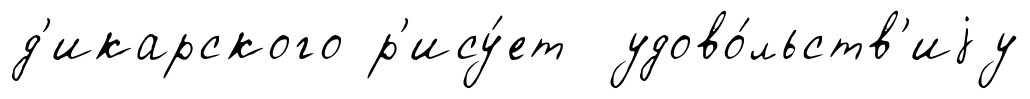
д'икарского р'ису́ет удово́льств'иjу